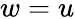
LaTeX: w=u